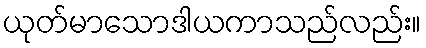
ယုတ်မာသောဒါယကာသည်လည်း။